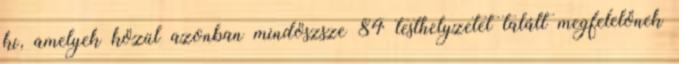
ki, amelyek közül azonban mindöszsze 84 testhelyzetet talált megfelelőnek